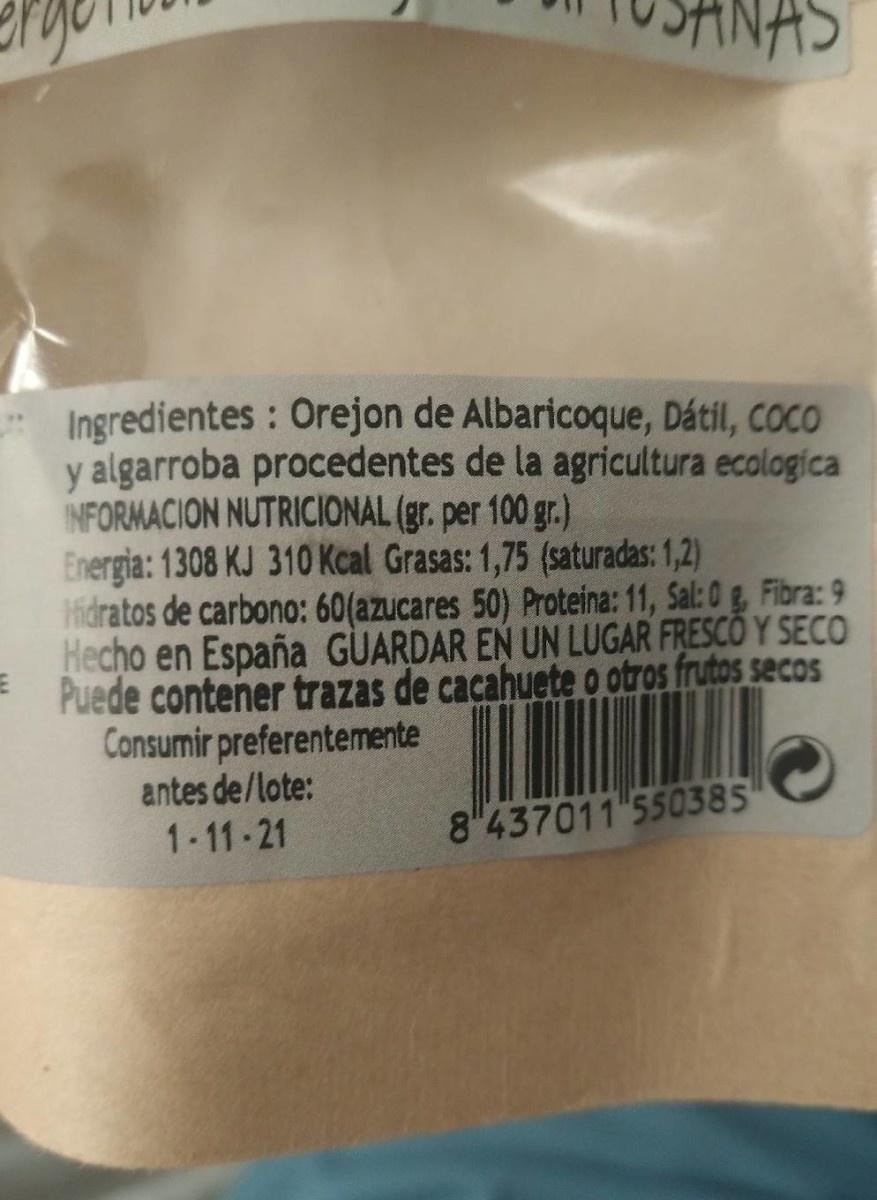
Ingredientes : Orejon de Albaricoque, Dátil, coco y algarroba procedentes de la agricultura ecologica INFORMACION NUTRICIONAL (gr. per 100 gr.) Energia: 1308 KJ 310 Kcal Grasas: 1,75 (saturadas: 1,2) Hidratos de carbono: 60(azucares 50) Proteina: 11, Sal: 0 g, Fibra: 9 Hecho en España GUARDAR EN UN LUGAR FRESCO Y SECO Puede contener trazas de cacahuete o otros frutos secos Consumir preferentemente antes de/lote: 1-11-21
8"437011 550385